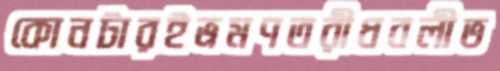
কোনটারইভ্রমণতরীধবলীভ